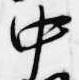
中